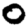
Digit: 0